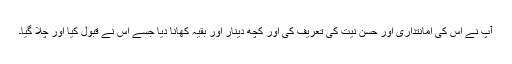
آپ نے اس کی امانتداری اور حسن نیت کی تعریف کی اور کچھ دینار اور بقیہ کھانا دیا جسے اس نے قبول کیا اور چلا گیا۔